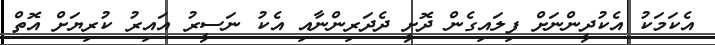
އެކަމަކު އެކުދީންނަށް ފިލައިގެން ދޮށީ ދެދަރިންނާއި އެކު ނަސީރު އައިރު ކުރިޔަށް އޮތް